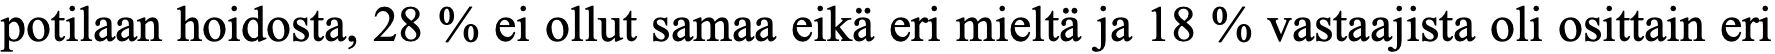
potilaan hoidosta, 28 % ei ollut samaa eikä eri mieltä ja 18 % vastaajista oli osittain eri